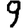
Digit: 9